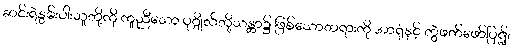
ဆင်းရဲနွမ်းပါးသူတို့ကို ကူညီသော ပုဂ္ဂိုလ်တို့သန္တာ၌ ဖြစ်သောတရားကို အာရုံနှင့် တွဲဖက်ဖော်ပြ၍၊